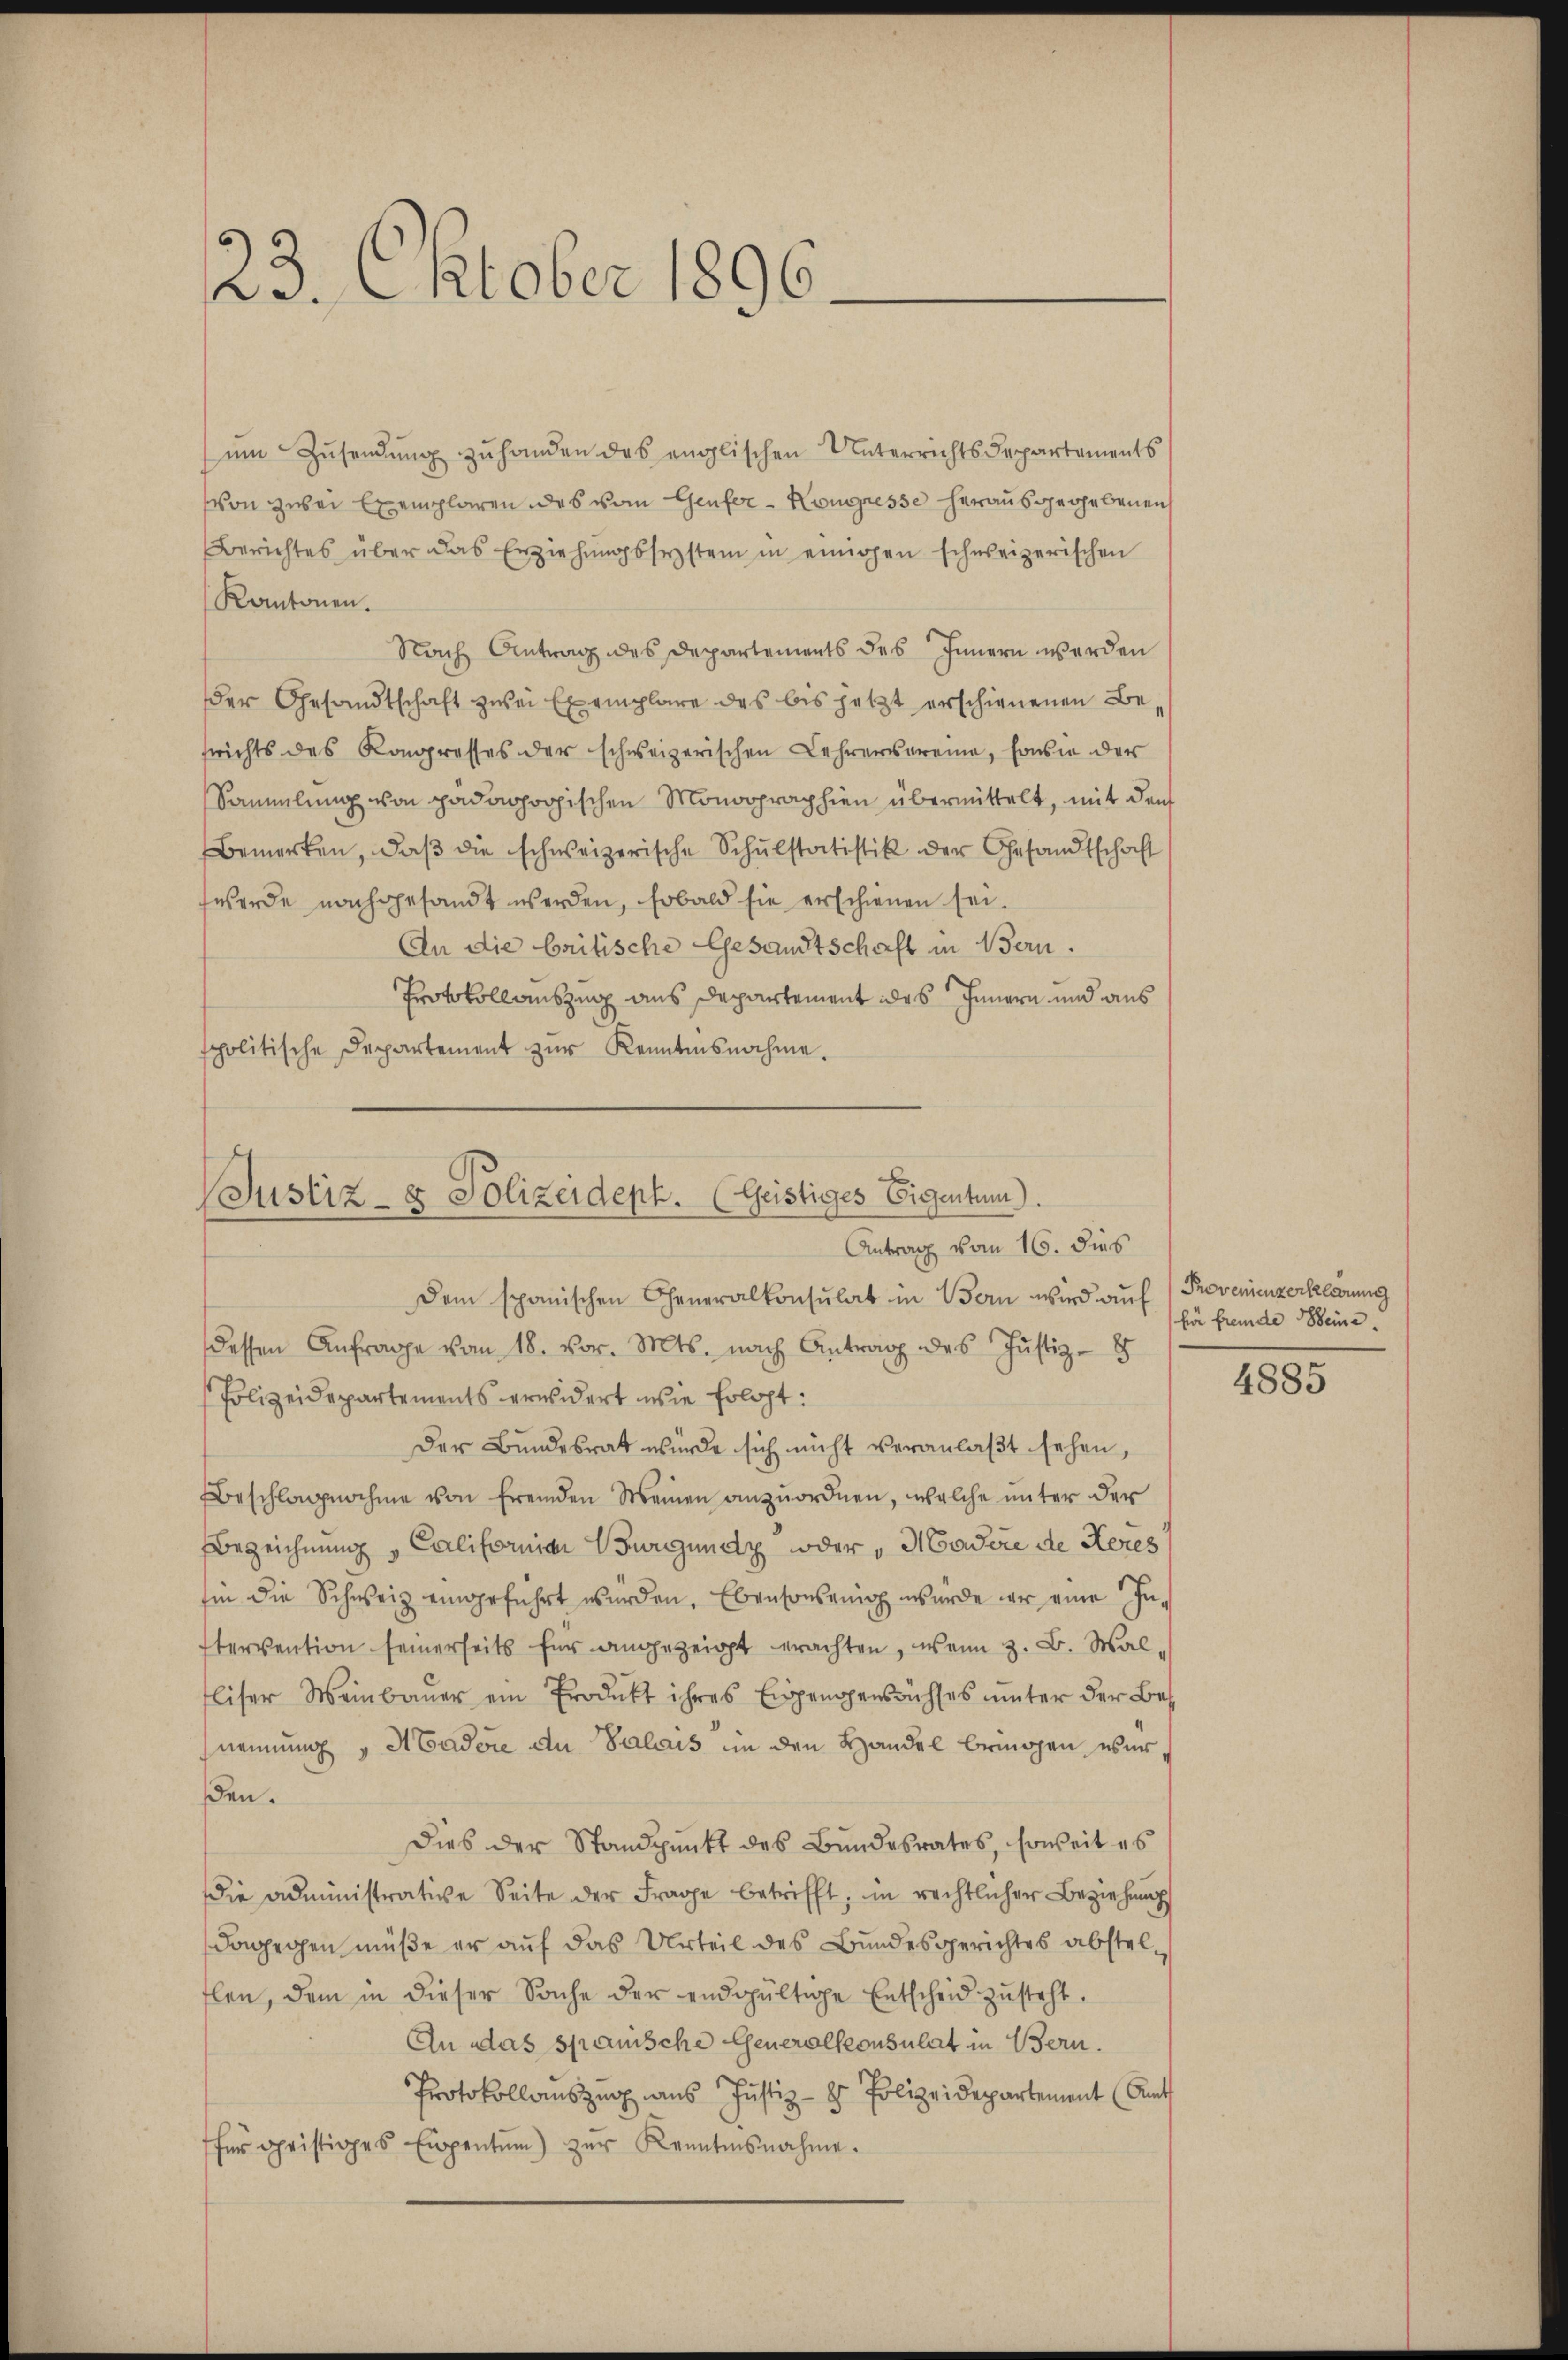
23. Oktober 1896.

ŭm Zŭsendŭng zŭ handen des englischen Unterrichtsdepartements
von zwei Exemplaren des vom Genfer-Kongresse herausgegebenen
Berichtes über das Erziehŭngssystem in einigen schweizerischen
Kantonen.
Nach Antrag des Departements des Innern werden
der Gesandtschaft zwei Exemplare des bis jetzt erschienenen Besrichts des Kongresses der schweizerischen Lehrerereine, Conser der
Sammlung von padaohogischen Monoopraphien übermittelt, mit den
Bemerken, daβ die schweizerische Schŭlstatistik der Gesandtschaft
werde nachgesandt werden, sobald sie erschienen sei.
An die britische Gesandtschaft in Bern.
Protokollauszug aus Departement ides Innern und aus
spolitische Departement zŭr Kenntnisnahme.

Justiz- & Polizeideph. (Geistiges Eigentum)
Antrag vom 16. dies
Dem spanischen Generalkonsulat in Bern wird auf Provenienzerklaerung

dessen Anfrage vom 18. vor. Mts. nach Antrag des Justiz-8
Polizeidepartements erwidert, wie hologt:
Der Bundesrat wurde sich nicht veranlaßt sehen,
Beschlagnahme von fremden Meinen anzuordnen, welche unter der
Bezeichnung, Californier Burgundz oder, Madere de Keres
Im die Schweiz eingeführt würden. Ebensonsenig wurde war eine Intervention seinerseits für angezeigt erachten, wenn z. B. Wal
liser Weinbaŭer ein Produkt ihres Eigengewachses ŭnter der Bes
nennung "Madere du Palaus in den Handel bringen wurßen.
Dies der Standpunkt des Bundesrates, soweit es
die administrative Seite der Frage betrifft, in rechtlicher Beziehung
dagegen müße er auf das Urteil des Bundesgerichtes abstel-
flen, dem in dieser Sache der endgültige Entscheid zŭsteht.
An das spanische Generalkonsulat in Bern.
Protokollauszug aus Justiz - 2 Polizeidepartement (Amt
für geistiges Eigentum) zŭr Kenntnisnahme.

für fremde eine

4885